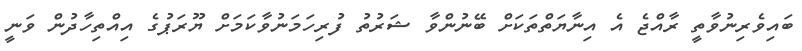
ބައިވެރިނުވާތީ ރާއްޖެ އެ އިނާޔަތްތަކަށް ބޭނުންވާ ޝަރުތު ފުރިހަމަނުވާކަމަށް ޔޫރަޕުގެ އިއްތިހާދުން ވަނީ